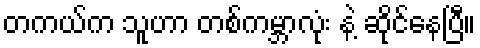
တကယ်က သူဟာ တစ်ကမ္ဘာလုံး နဲ့ ဆိုင်နေပြီ။